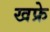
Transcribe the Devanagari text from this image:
खफ्रे